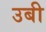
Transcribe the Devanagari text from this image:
उबी